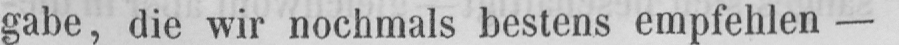
gabe, die wir nochmals bestens empfehlen -